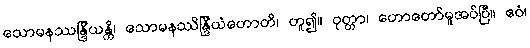
သောမနဿန္ဒြိယန္တိ၊ သောမနဿိန္ဒြိယံဟောတိ၊ ဟူ၍။ ဝုတ္တာ၊ ဟောတော်မူအပ်ပြီ။ ဧဝံ၊